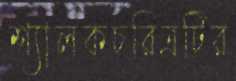
শ্যালকচরিত্রটির